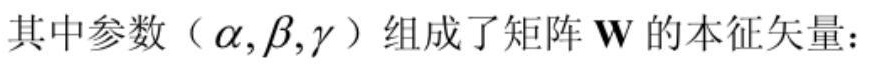
其中参数（$\alpha,\beta,\gamma$）组成了矩阵 $\mathbf{W}$ 的本征矢量：